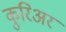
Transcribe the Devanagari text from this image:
कुरिअर